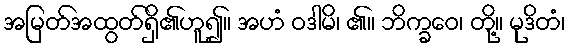
အမြတ်အထွတ်ရှိ၏ဟူ၍။ အဟံ ဝဒါမိ၊ ၏။ ဘိက္ခဝေ၊ တို့။ မုဒိတံ၊